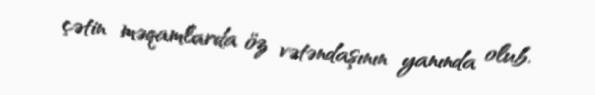
çətin məqamlarda öz vətəndaşının yanında olub.